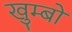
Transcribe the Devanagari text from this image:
खुम्बों